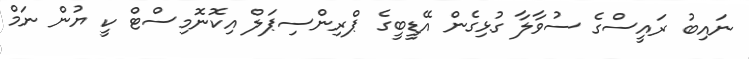
ނައިބު ރައީސްގެ ސުވާލާ ގުޅިގެން އޭޑީބީގެ ޕްރިންސިޕަލް އިކޮނޮމިސްޓް ކީ ޔުން ނަމް